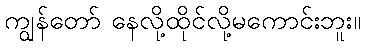
ကျွန်တော် နေလို့ထိုင်လို့မကောင်းဘူး။